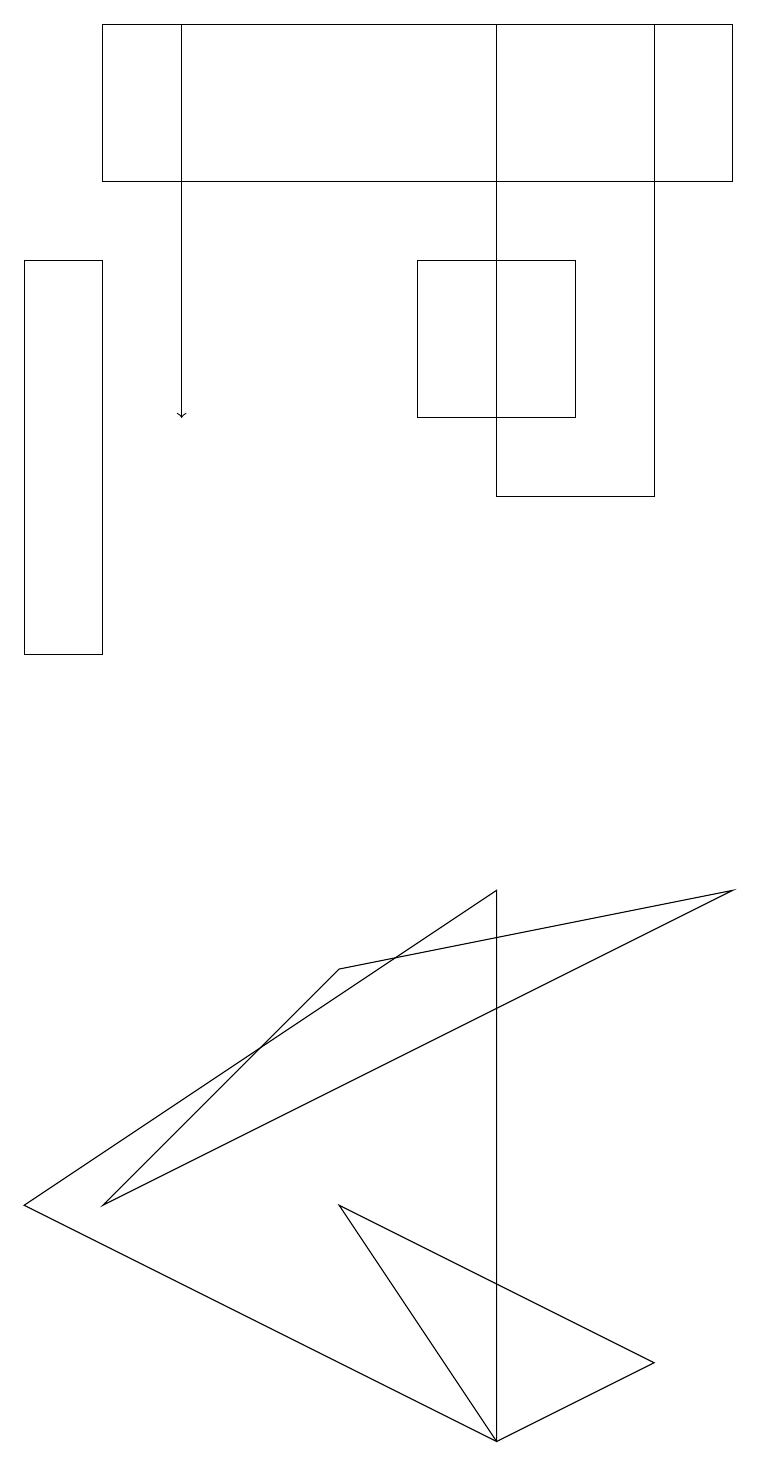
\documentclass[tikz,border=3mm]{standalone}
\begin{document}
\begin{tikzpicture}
\draw (9,7) -- (1,3) -- (4,6) -- cycle;
\draw (0,15) rectangle (1,10);
\draw (8,18) rectangle (6,12);
\draw (6,0) -- (0,3) -- (6,7) -- cycle;
\draw (9,18) rectangle (1,16);
\draw (7,13) rectangle (5,15);
\draw[->] (2,18) -- (2,13);
\draw (6,0) -- (8,1) -- (4,3) -- cycle;
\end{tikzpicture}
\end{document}